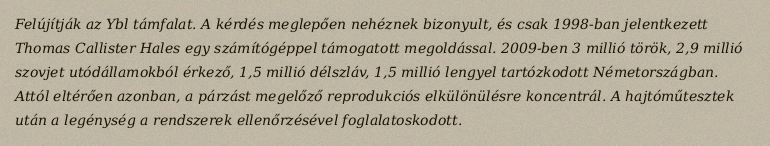
Felújítják az Ybl támfalat. A kérdés meglepően nehéznek bizonyult, és csak 1998-ban jelentkezett Thomas Callister Hales egy számítógéppel támogatott megoldással. 2009-ben 3 millió török, 2,9 millió szovjet utódállamokból érkező, 1,5 millió délszláv, 1,5 millió lengyel tartózkodott Németországban. Attól eltérően azonban, a párzást megelőző reprodukciós elkülönülésre koncentrál. A hajtóműtesztek után a legénység a rendszerek ellenőrzésével foglalatoskodott.